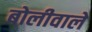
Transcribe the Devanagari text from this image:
बोलीवाले